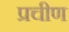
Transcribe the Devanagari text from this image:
प्रचीण